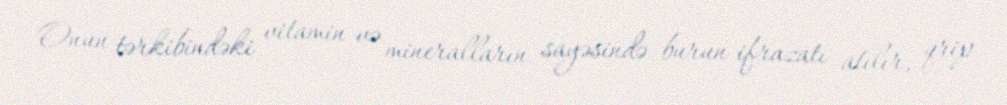
Onun tərkibindəki vitamin və mineralların sayəsində burun ifrazatı atılır, qrip